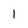
Character: 1